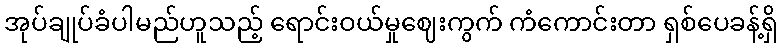
အုပ်ချုပ်ခံပါမည်ဟူသည့် ရောင်းဝယ်မှုဈေးကွက် ကံကောင်းတာ ရှစ်ပေခန့်ရှိ